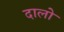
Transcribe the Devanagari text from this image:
दालो